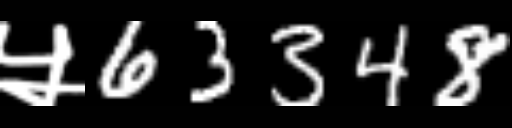
Text: ५63348